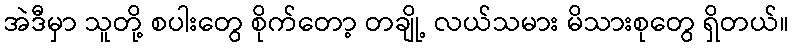
အဲဒီမှာ သူတို့ စပါးတွေ စိုက်တော့ တချို့ လယ်သမား မိသားစုတွေ ရှိတယ်။